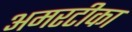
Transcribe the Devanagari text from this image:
अमरटीका